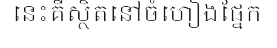
នេះគឺស្ថិតនៅចំហៀងផ្នែក